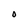
Character: O